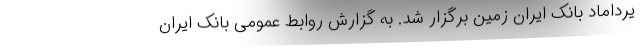
یرداماد بانک ایران زمین برگزار شد. به گزارش روابط عمومی بانک ایران